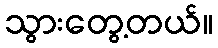
သွားတွေ့တယ်။